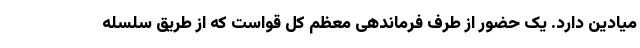
میادین دارد. یک حضور از طرف فرماندهی معظّم کل قواست که از طریق سلسله